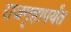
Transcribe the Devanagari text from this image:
राजगृहापर्यंत